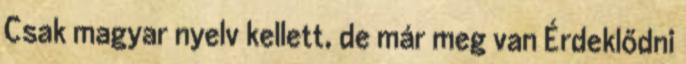
Csak magyar nyelv kellett, de már meg van Érdeklődni